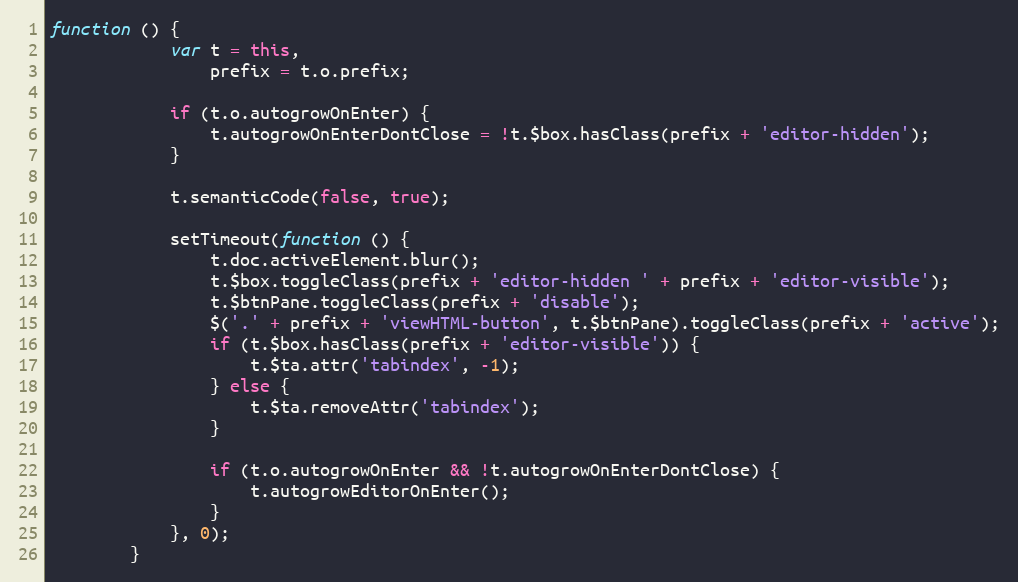
Language: JavaScript
function () {
            var t = this,
                prefix = t.o.prefix;

            if (t.o.autogrowOnEnter) {
                t.autogrowOnEnterDontClose = !t.$box.hasClass(prefix + 'editor-hidden');
            }

            t.semanticCode(false, true);

            setTimeout(function () {
                t.doc.activeElement.blur();
                t.$box.toggleClass(prefix + 'editor-hidden ' + prefix + 'editor-visible');
                t.$btnPane.toggleClass(prefix + 'disable');
                $('.' + prefix + 'viewHTML-button', t.$btnPane).toggleClass(prefix + 'active');
                if (t.$box.hasClass(prefix + 'editor-visible')) {
                    t.$ta.attr('tabindex', -1);
                } else {
                    t.$ta.removeAttr('tabindex');
                }

                if (t.o.autogrowOnEnter && !t.autogrowOnEnterDontClose) {
                    t.autogrowEditorOnEnter();
                }
            }, 0);
        }